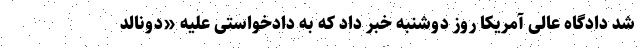
شد دادگاه عالی آمریکا روز دوشنبه خبر داد که به دادخواستی علیه «دونالد